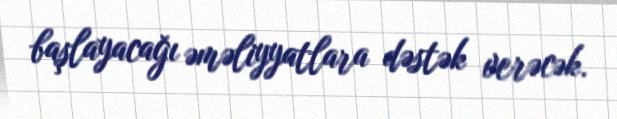
başlayacağı əməliyyatlara dəstək verəcək.